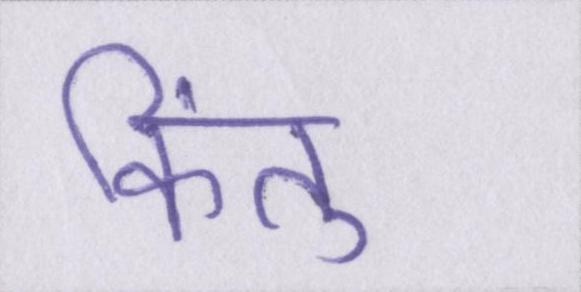
किंतु